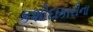
કશીદાકારીના